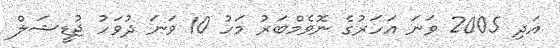
އަދި 2005 ވަނަ އަހަރުގެ ނޮވެމްބަރު މަހު 10 ވަނަ ދުވަހު ޖުޑީޝަލް